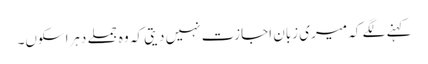
کہنے لگے کہ میری زبان اجازت نہیں دیتی کہ وہ جملے دہراسکوں۔